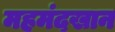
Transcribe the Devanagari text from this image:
महमंदखान